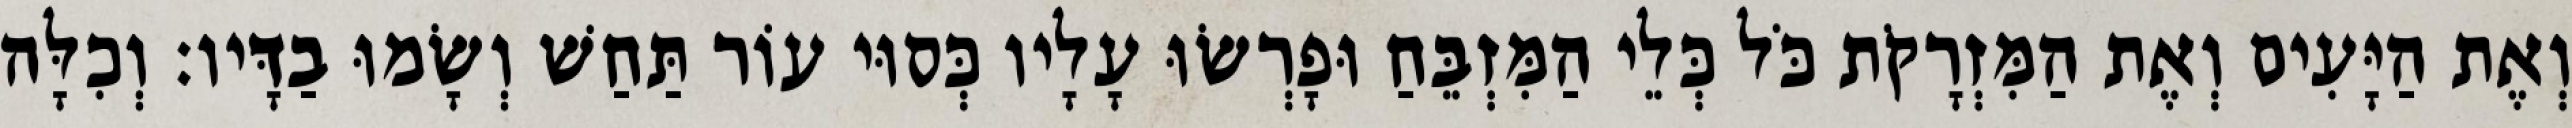
וְאֶת הַיָּעִים וְאֶת הַמִּזְרָקֹת כֹּל כְּלֵי הַמִּזְבֵּחַ וּפָרְשׂוּ עָלָיו כְּסוּי עוֹר תַּחַשׁ וְשָׂמוּ בַדָּיו׃ וְכִלָּה